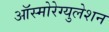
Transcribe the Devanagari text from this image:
ऑस्मोरेग्युलेशन